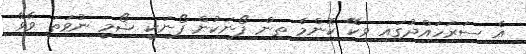
އެ ސަރަހައްދުގައި ވިކޭ ކޮންމެ ތިން ފޯނަކުން ފޯނަކީ ޝޯމީ ނުވަތަ ވާވޭ